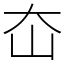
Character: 㞭